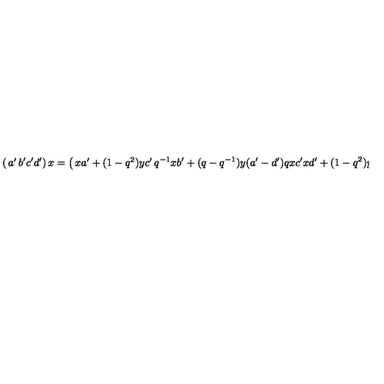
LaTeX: \left( \begin{matrix} { a ^ { \prime } } & { b ^ { \prime } } \\ { c ^ { \prime } } & { d ^ { \prime } } \\ \end{matrix} \right) x = \left( \begin{matrix} { x a ^ { \prime } + ( 1 - q ^ { 2 } ) y c ^ { \prime } } & { q ^ { - 1 } x b ^ { \prime } + ( q - q ^ { - 1 } ) y ( a ^ { \prime } - d ^ { \prime } ) } \\ { q x c ^ { \prime } } & { x d ^ { \prime } + ( 1 - q ^ { 2 } ) y c ^ { \prime } } \\ \end{matrix} \right)